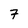
Character: 7